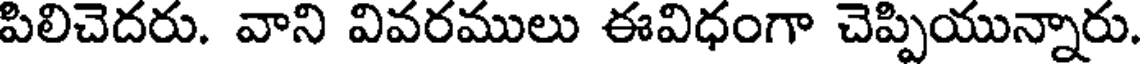
పిలిచెదరు. వాని వివరములు ఈవిధంగా చెప్పియున్నారు.